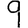
Digit: 9